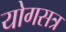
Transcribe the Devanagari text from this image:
योगसत्र